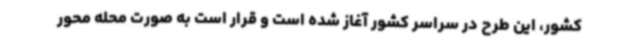
کشور، این طرح در سراسر کشور آغاز شده است و قرار است به صورت محله محور